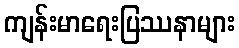
ကျန်းမာရေးပြဿနာများ